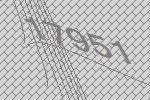
17951